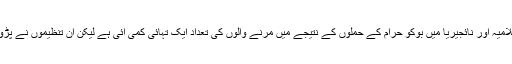
عراق میں اسلامی شدت پسند تنظیم دولت اسلامیہ اور نائجیریا میں بوکو حرام کے حملوں کے نتیجے میں مرنے والوں کی تعداد ایک تہائی کمی آئی ہے لیکن ان تنظیموں نے پڑوسی ممالک میں اپنا کارروائیاں بڑھائی ہیں۔